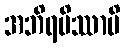
အဘိရမိဿာမိ